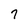
Character: 7